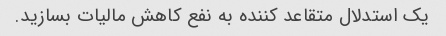
یک استدلال متقاعد کننده به نفع کاهش مالیات بسازید.